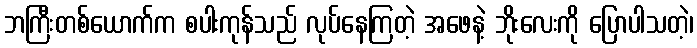
ဘကြီးတစ်ယောက်က စပါးကုန်သည် လုပ်နေကြတဲ့ အဖေနဲ့ ဘိုးလေးကို ပြောပါသတဲ့၊